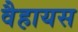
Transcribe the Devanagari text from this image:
वैहायस